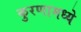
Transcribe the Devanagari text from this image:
कुरणामध्ये